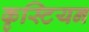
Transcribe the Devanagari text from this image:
कृस्टियन